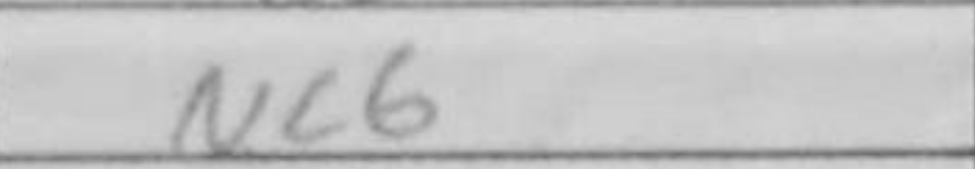
Transcription: Nc6